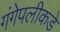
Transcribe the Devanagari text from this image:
गंगेपलीकडे